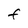
Character: F